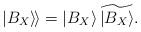
LaTeX: \begin{align*}\left. \left| B_{X}\right\rangle \!\right\rangle =\left| B_{X}\right\rangle \widetilde{\left| B_{X}\right\rangle }.\end{align*}